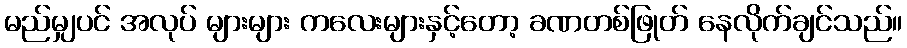
မည်မျှပင် အလုပ် များများ ကလေးများနှင့်တော့ ခဏတစ်ဖြုတ် နေလိုက်ချင်သည်။